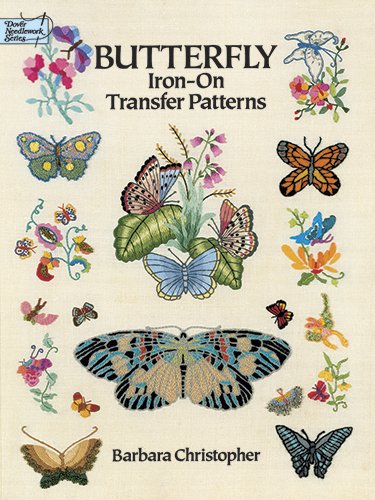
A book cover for Butterfly Iron-on Transfer Patterns (Dover Iron-On Transfer Patterns); Barbara Christopher; Crafts, Hobbies & Home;